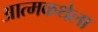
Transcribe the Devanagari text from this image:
आत्मकथेला